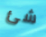
شئ